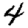
Digit: 4